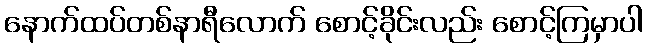
နောက်ထပ်တစ်နာရီလောက် စောင့်ခိုင်းလည်း စောင့်ကြမှာပါ